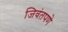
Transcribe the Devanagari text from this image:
जिवंतपणे